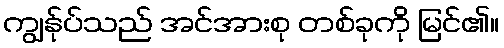
ကျွန်ုပ်သည် အင်အားစု တစ်ခုကို မြင်၏။